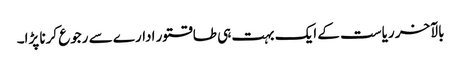
بالآخر ریاست کے ایک بہت ہی طاقتور ادارے سے رجوع کرنا پڑا۔